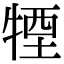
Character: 𤚕